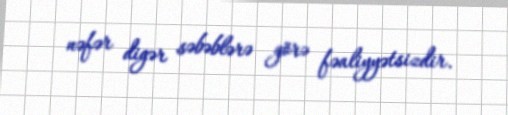
nəfər digər səbəblərə görə fəaliyyətsizdir.